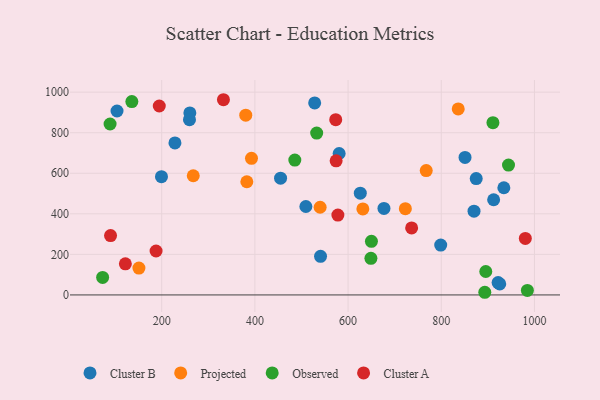
{"axis": {"x": "Speed", "y": "Demand"}, "legend": ["Cluster A", "Cluster B", "Observed", "Projected"], "data": [{"x": "540.9", "y": 190.5, "type": "Cluster B"}, {"x": "528.3", "y": 947.1, "type": "Cluster B"}, {"x": "626.2", "y": 501.6, "type": "Cluster B"}, {"x": "925.5", "y": 54.3, "type": "Cluster B"}, {"x": "455.1", "y": 576.0, "type": "Cluster B"}, {"x": "870.3", "y": 412.9, "type": "Cluster B"}, {"x": "677.0", "y": 426.4, "type": "Cluster B"}, {"x": "912.4", "y": 469.3, "type": "Cluster B"}, {"x": "798.8", "y": 245.9, "type": "Cluster B"}, {"x": "509.4", "y": 436.1, "type": "Cluster B"}, {"x": "260.4", "y": 897.7, "type": "Cluster B"}, {"x": "228.4", "y": 749.6, "type": "Cluster B"}, {"x": "580.8", "y": 697.6, "type": "Cluster B"}, {"x": "851.0", "y": 678.0, "type": "Cluster B"}, {"x": "922.0", "y": 60.8, "type": "Cluster B"}, {"x": "934.3", "y": 528.6, "type": "Cluster B"}, {"x": "875.0", "y": 574.0, "type": "Cluster B"}, {"x": "104.1", "y": 907.1, "type": "Cluster B"}, {"x": "199.5", "y": 583.2, "type": "Cluster B"}, {"x": "259.6", "y": 864.2, "type": "Cluster B"}, {"x": "722.9", "y": 425.4, "type": "Projected"}, {"x": "380.4", "y": 886.6, "type": "Projected"}, {"x": "540.0", "y": 432.3, "type": "Projected"}, {"x": "631.7", "y": 424.1, "type": "Projected"}, {"x": "382.7", "y": 558.3, "type": "Projected"}, {"x": "151.1", "y": 132.6, "type": "Projected"}, {"x": "767.7", "y": 613.5, "type": "Projected"}, {"x": "267.7", "y": 587.7, "type": "Projected"}, {"x": "392.7", "y": 673.9, "type": "Projected"}, {"x": "836.4", "y": 917.4, "type": "Projected"}, {"x": "944.3", "y": 640.6, "type": "Observed"}, {"x": "135.9", "y": 953.7, "type": "Observed"}, {"x": "984.8", "y": 22.0, "type": "Observed"}, {"x": "485.7", "y": 665.3, "type": "Observed"}, {"x": "73.2", "y": 86.5, "type": "Observed"}, {"x": "649.0", "y": 180.5, "type": "Observed"}, {"x": "910.9", "y": 849.3, "type": "Observed"}, {"x": "895.5", "y": 115.5, "type": "Observed"}, {"x": "893.4", "y": 13.1, "type": "Observed"}, {"x": "89.2", "y": 842.9, "type": "Observed"}, {"x": "532.6", "y": 798.3, "type": "Observed"}, {"x": "650.1", "y": 264.2, "type": "Observed"}, {"x": "187.9", "y": 216.7, "type": "Cluster A"}, {"x": "573.5", "y": 864.5, "type": "Cluster A"}, {"x": "980.4", "y": 278.7, "type": "Cluster A"}, {"x": "90.2", "y": 292.6, "type": "Cluster A"}, {"x": "578.1", "y": 393.9, "type": "Cluster A"}, {"x": "332.5", "y": 962.7, "type": "Cluster A"}, {"x": "194.8", "y": 931.7, "type": "Cluster A"}, {"x": "574.3", "y": 661.6, "type": "Cluster A"}, {"x": "122.0", "y": 153.4, "type": "Cluster A"}, {"x": "736.4", "y": 330.7, "type": "Cluster A"}]}